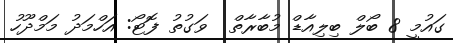
ގައުމީ 8 ބޯލް ބިލިއާޑް މުބާރާތް  ވަގުތު ފޮޓޯ: އަހްމަދު މަމްދޫހު